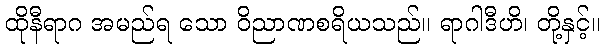
ထိုနီရာဂ အမည်ရ သော ဝိညာဏစရိယသည်။ ရာဂါဒီဟိ၊ တို့နှင့်။